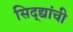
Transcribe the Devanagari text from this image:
सिद्द्यांची